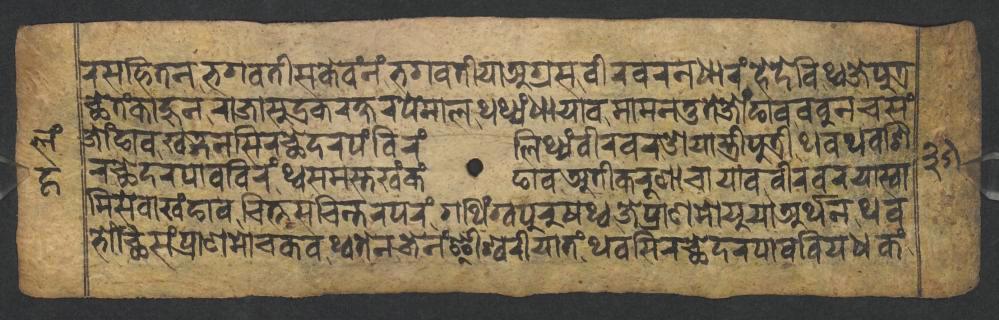
𑐬𑐳𑐴𑐶𑐟𑐣𑐨𑐐𑐰𑐟𑐷𑐳𑐎𑐾𑐰𑑄𑐣𑑄𑐨𑐐𑐰𑐟𑐷𑐫𑐵𑐀𑐐𑑂𑐬𑐳𑐰𑐷𑐬𑐰𑐬𑐣𑐢𑐵𑐬𑑄𑐴𑐾𑐡𑐾𑐰𑐶𑐠𑑂𑐰𑐖𑐾𑐥𑐸𑐟𑑂𑐬 𑐕𑐾𑐟𑑄𑐎𑐵𑐴𑐸𑐣𑐬𑐵𑐖𑐵𑐳𑐸𑐡𑑂𑐬𑐎𑐬𑐎𑑂𑐲𑐬𑐥𑐾𑐩𑐵𑐮𑐠𑐠𑑂𑐫𑑄𑐢𑐵𑐫𑐵𑐰𑐩𑐵𑐩𑐣𑐟𑐸𑐟𑐾𑐖𑑀𑑄𑐒𑐵𑐰𑐧𑐧𑐸𑐣𑐔𑐳𑑄 𑐖𑑀𑑄𑐒𑐵𑐰𑐏𑐜𑑂𑐐𑐣𑐳𑐶𑐬𑐕𑐾𑐡𑐬𑐥𑑄𑐧𑐶𑐬𑑄𑐮𑐶𑐠𑑂𑐫𑑄𑐰𑐷𑐬𑐰𑐬𑐌𑐫𑐵𑐳𑑂𑐟𑑂𑐬𑐷𑐥𑐸𑐟𑑂𑐬𑐷𑐠𑐰𑐠𑐰𑐱𑐶 𑐬𑐕𑐾𑐡𑐬𑐥𑐵𑐰𑐧𑐶𑐬𑑄𑐠𑑂𑐰𑐳𑐩𑐳𑑂𑐟𑐏𑑄𑐎𑑄𑐒𑐵𑐰𑐀𑐟𑐷𑐎𑐬𑐸𑐞𑐵𑐔𑐵𑐫𑐵𑐰𑐰𑐷𑐬𑐰𑐬𑐫𑐵𑐳𑑂𑐰𑐵 𑐩𑐶𑐳𑐾𑐰𑐵𑐏𑑄𑐒𑐵𑐰𑐔𑐶𑐟𑑂𑐟𑐳𑐔𑐶𑐣𑑂𑐟𑐬𑐥𑐬𑑄𑐐𑐠𑐶𑑄𑐐𑑂𑐰𑐥𑐸𑐬𑐸𑐲𑐠𑑂𑐰𑐖𑐾𑐥𑑂𑐬𑐵𑐞𑐩𑑀𑐫𑐸𑐫𑐵𑐀𑐬𑑂𑐠𑐣𑐠𑐰 𑐨𑑀𑑄𑐕𑐶𑐳𑑄𑐥𑑂𑐬𑐵𑐞𑐩𑑀𑐔𑐎𑐰𑐠𑑂𑐰𑐟𑐾𑐣𑐖𑐾𑐣𑑄𑐃𑐱𑑂𑐰𑐬𑐷𑐫𑐵𑐟𑑄𑐠𑐰𑐳𑐶𑐬𑐕𑐾𑐡𑐬𑐥𑐵𑐰𑐧𑐶𑐫𑐢𑐎𑑄